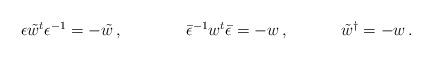
LaTeX: \begin{align*}\begin{array}{ccc}\epsilon\tilde{w}{}^{t}\epsilon^{-1}=-\tilde{w}\,,~~~~~&~~~~\bar{\epsilon}^{-1}w^{t}\bar{\epsilon}=-w\,,~~~~&~~~\tilde{w}{}^{\dagger}=-w\,.\end{array}\end{align*}